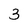
Character: 3